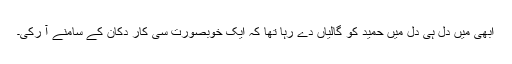
ابھی میں دل ہی دل میں حمید کو گالیاں دے رہا تھا کہ ایک خوبصورت سی کار دُکان کے سامنے آ رُکی۔